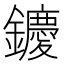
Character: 𨯙